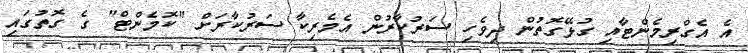
އެ އެގްރިމެންޓާއި ގުޅޭގޮތުން ދިވެހި ސަރުކާރުން އެމެރިކާ ސަރުކާރަށް "ކޮމެންޓް" ގެ ގޮތުގައި